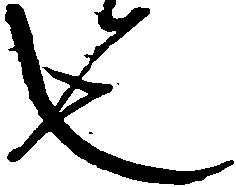
也